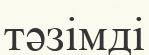
тәзімді